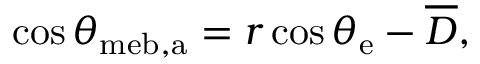
\cos \theta _ { \mathrm { { m e b , a } } } = r \cos \theta _ { \mathrm { { e } } } - \overline { { D } } ,